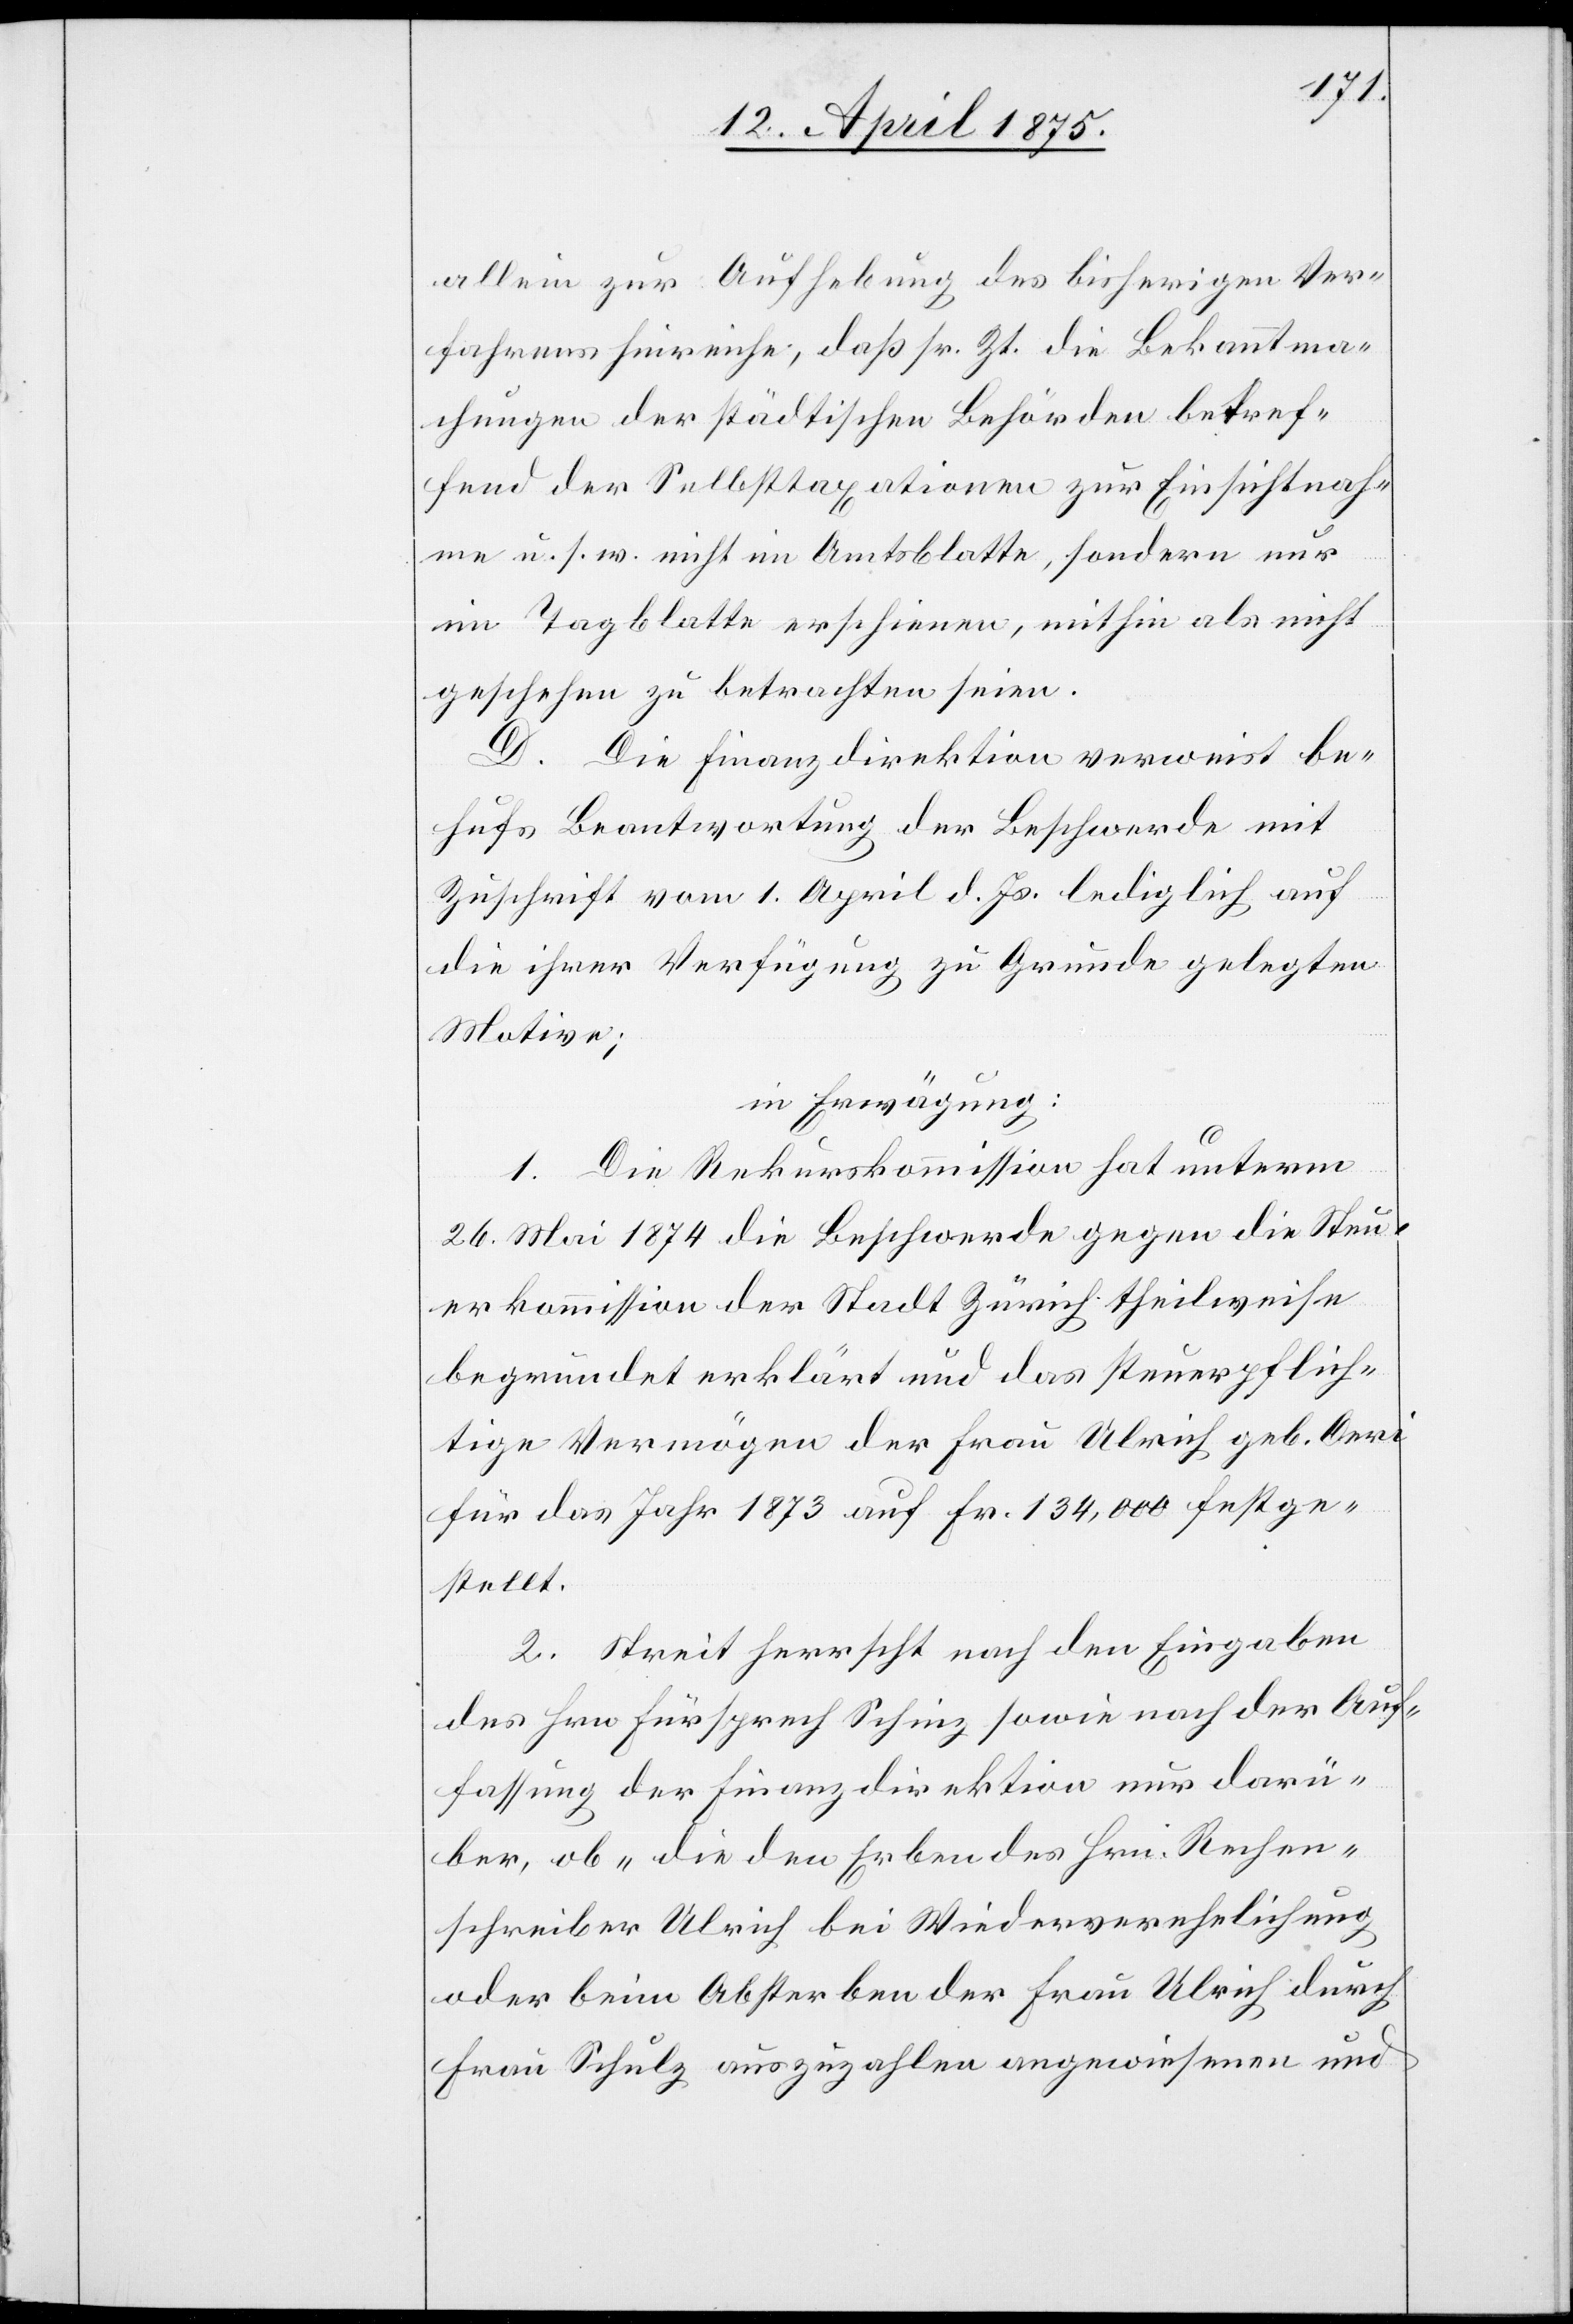
allein zur Aufhebung des bisherigen Ver¬
fahrens hinreiche, daß sr. Zt. die Bekanntma¬
chungen der städtischen Behörden betref¬
fend der Selbsttaxationen zur Einsichtnah¬
me u. s. w. nicht im Amtsblatte, sondern nur
im Tagblatte erschienen, mithin als nicht
geschehen zu betrachten seien.
D. Die Finanzdirektion verweist be¬
hufs Beantwortung der Beschwerde mit
Zuschrift vom 1. April d. Js. lediglich auf
die ihrer Verfügung zu Grunde gelegten
Motive;
in Erwägung:
1. Die Rekurskommission hat unterm
26. Mai 1874 die Beschwerde gegen die Steu¬
erkommission der Stadt Zürich theilweise
begründet erklärt und das steuerpflich¬
tige Vermögen der Frau Ulrich geb. Aeri
für das Jahr 1873 auf Fr. 134,000 festge¬
stellt.
2. Streit herrscht nach den Eingaben
des Hrn. Fürsprech Schinz sowie nach der Auf¬
fassung der Finanzdirektion nur darü¬
ber, ob „die den Erben des Hrn. Rechen¬
schreiber Ulrich bei Wiederverehelichung
oder beim Absterben der Frau Ulrich durch
Frau Schulz auszuzahlen angewiesenen und